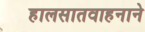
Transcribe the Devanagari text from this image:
हालसातवाहनाने